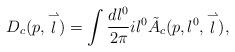
LaTeX: \begin{align*}D_c(p,\stackrel{\rightharpoonup}{l})=\int \frac{dl^0}{2\pi}il^0 \tilde{A}_c(p,l^0,\stackrel{\rightharpoonup}{l}),\end{align*}